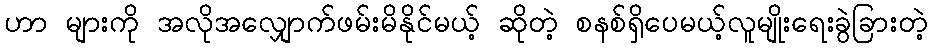
ဟာ များကို အလိုအလျှောက်ဖမ်းမိနိုင်မယ့် ဆိုတဲ့ စနစ်ရှိပေမယ့်လူမျိုးရေးခွဲခြားတဲ့